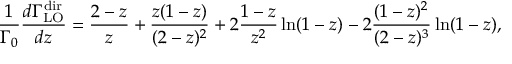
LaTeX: \frac 1 { \Gamma _ { 0 } } \frac { d \Gamma _ { \mathrm { L O } } ^ { \mathrm { d i r } } } { d z } = \frac { 2 - z } { z } + \frac { z ( 1 - z ) } { ( 2 - z ) ^ { 2 } } + 2 \frac { 1 - z } { z ^ { 2 } } \ln ( 1 - z ) - 2 \frac { ( 1 - z ) ^ { 2 } } { ( 2 - z ) ^ { 3 } } \ln ( 1 - z ) ,